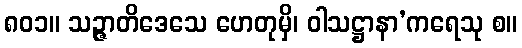
၈၀၁။ သဉ္ဇာတိဒေသေ ဟေတုမှိ၊ ဝါသဋ္ဌာနာ’ကရေသု စ။